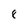
Character: 8